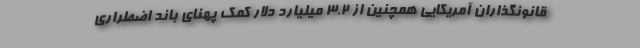
قانونگذاران آمریکایی همچنین از ۳.۲ میلیارد دلار کمک پهنای باند اضطراری